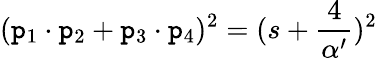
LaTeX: (\mathtt{p}_{1}\cdot\mathtt{p}_{2}+\mathtt{p}_{3}\cdot\mathtt{p}_{4})^{2}=(s+\frac{{4}}{{\alpha^{\prime}}})^{2}